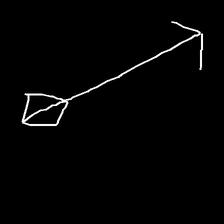
Glyph: focus